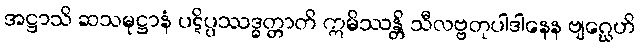
အဋ္ဌာသိ ဆသမုဋ္ဌာနံ ပဋိပ္ပဿဒ္ဓတ္တာတိ ဣမိဿန္တိ သီလဗ္ဗတုပါဒါနေန ဗျဂ္ဃေဟိ